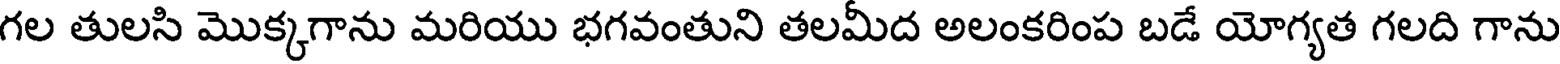
గల తులసి మొక్కగాను మరియు భగవంతుని తలమీద అలంకరింప బడే యోగ్యత గలది గాను